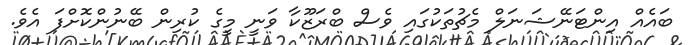
ބައެއް އިންޓަނޭޝަނަލް މެޗުތަކުގައި ވެސް ބްރަޒޫކާ ވަނީ މީގެ ކުރިން ބޭނުންކޮށްފަ އެވެ.